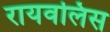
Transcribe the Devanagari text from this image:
रायवलिस